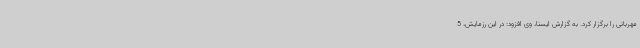
مهربانی را برگزار کرد. به گزارش ایسنا، وی افزود: در این رزمایش، 5